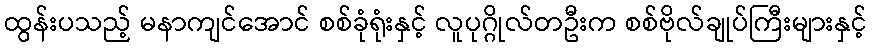
ထွန်းပသည့် မနာကျင်အောင် စစ်ခုံရုံးနှင့် လူပုဂ္ဂိုလ်တဦးက စစ်ဗိုလ်ချုပ်ကြီးများနှင့်